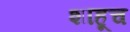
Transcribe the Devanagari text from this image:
शाहूच